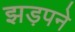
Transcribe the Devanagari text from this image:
झड़पने